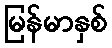
မြန်မာနှစ်